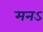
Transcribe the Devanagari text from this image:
मनऽ